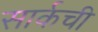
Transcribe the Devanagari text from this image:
सार्कची